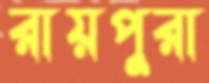
রায়পুরা